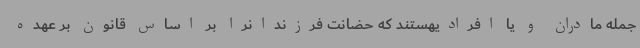
جمله مادران و یا افرادیهستند که حضانت فرزندانرا بر اساس قانون بر عهده